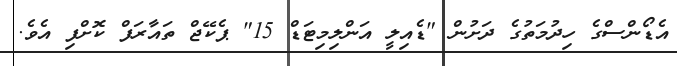
އެޑޯންސްގެ ހިދުމަތުގެ ދަށުން "ޑެއިލީ އަންލިމިޓަޑް 15" ޕެކޭޖް ތައާރަފް ކޮށްފި އެވެ.